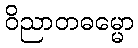
ဝိညာတဓမ္မော